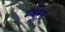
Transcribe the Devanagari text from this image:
म्यूरेट